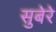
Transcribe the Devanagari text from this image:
सुबेरे